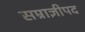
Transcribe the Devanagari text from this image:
सम्राज्ञीपद